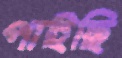
পাইছি